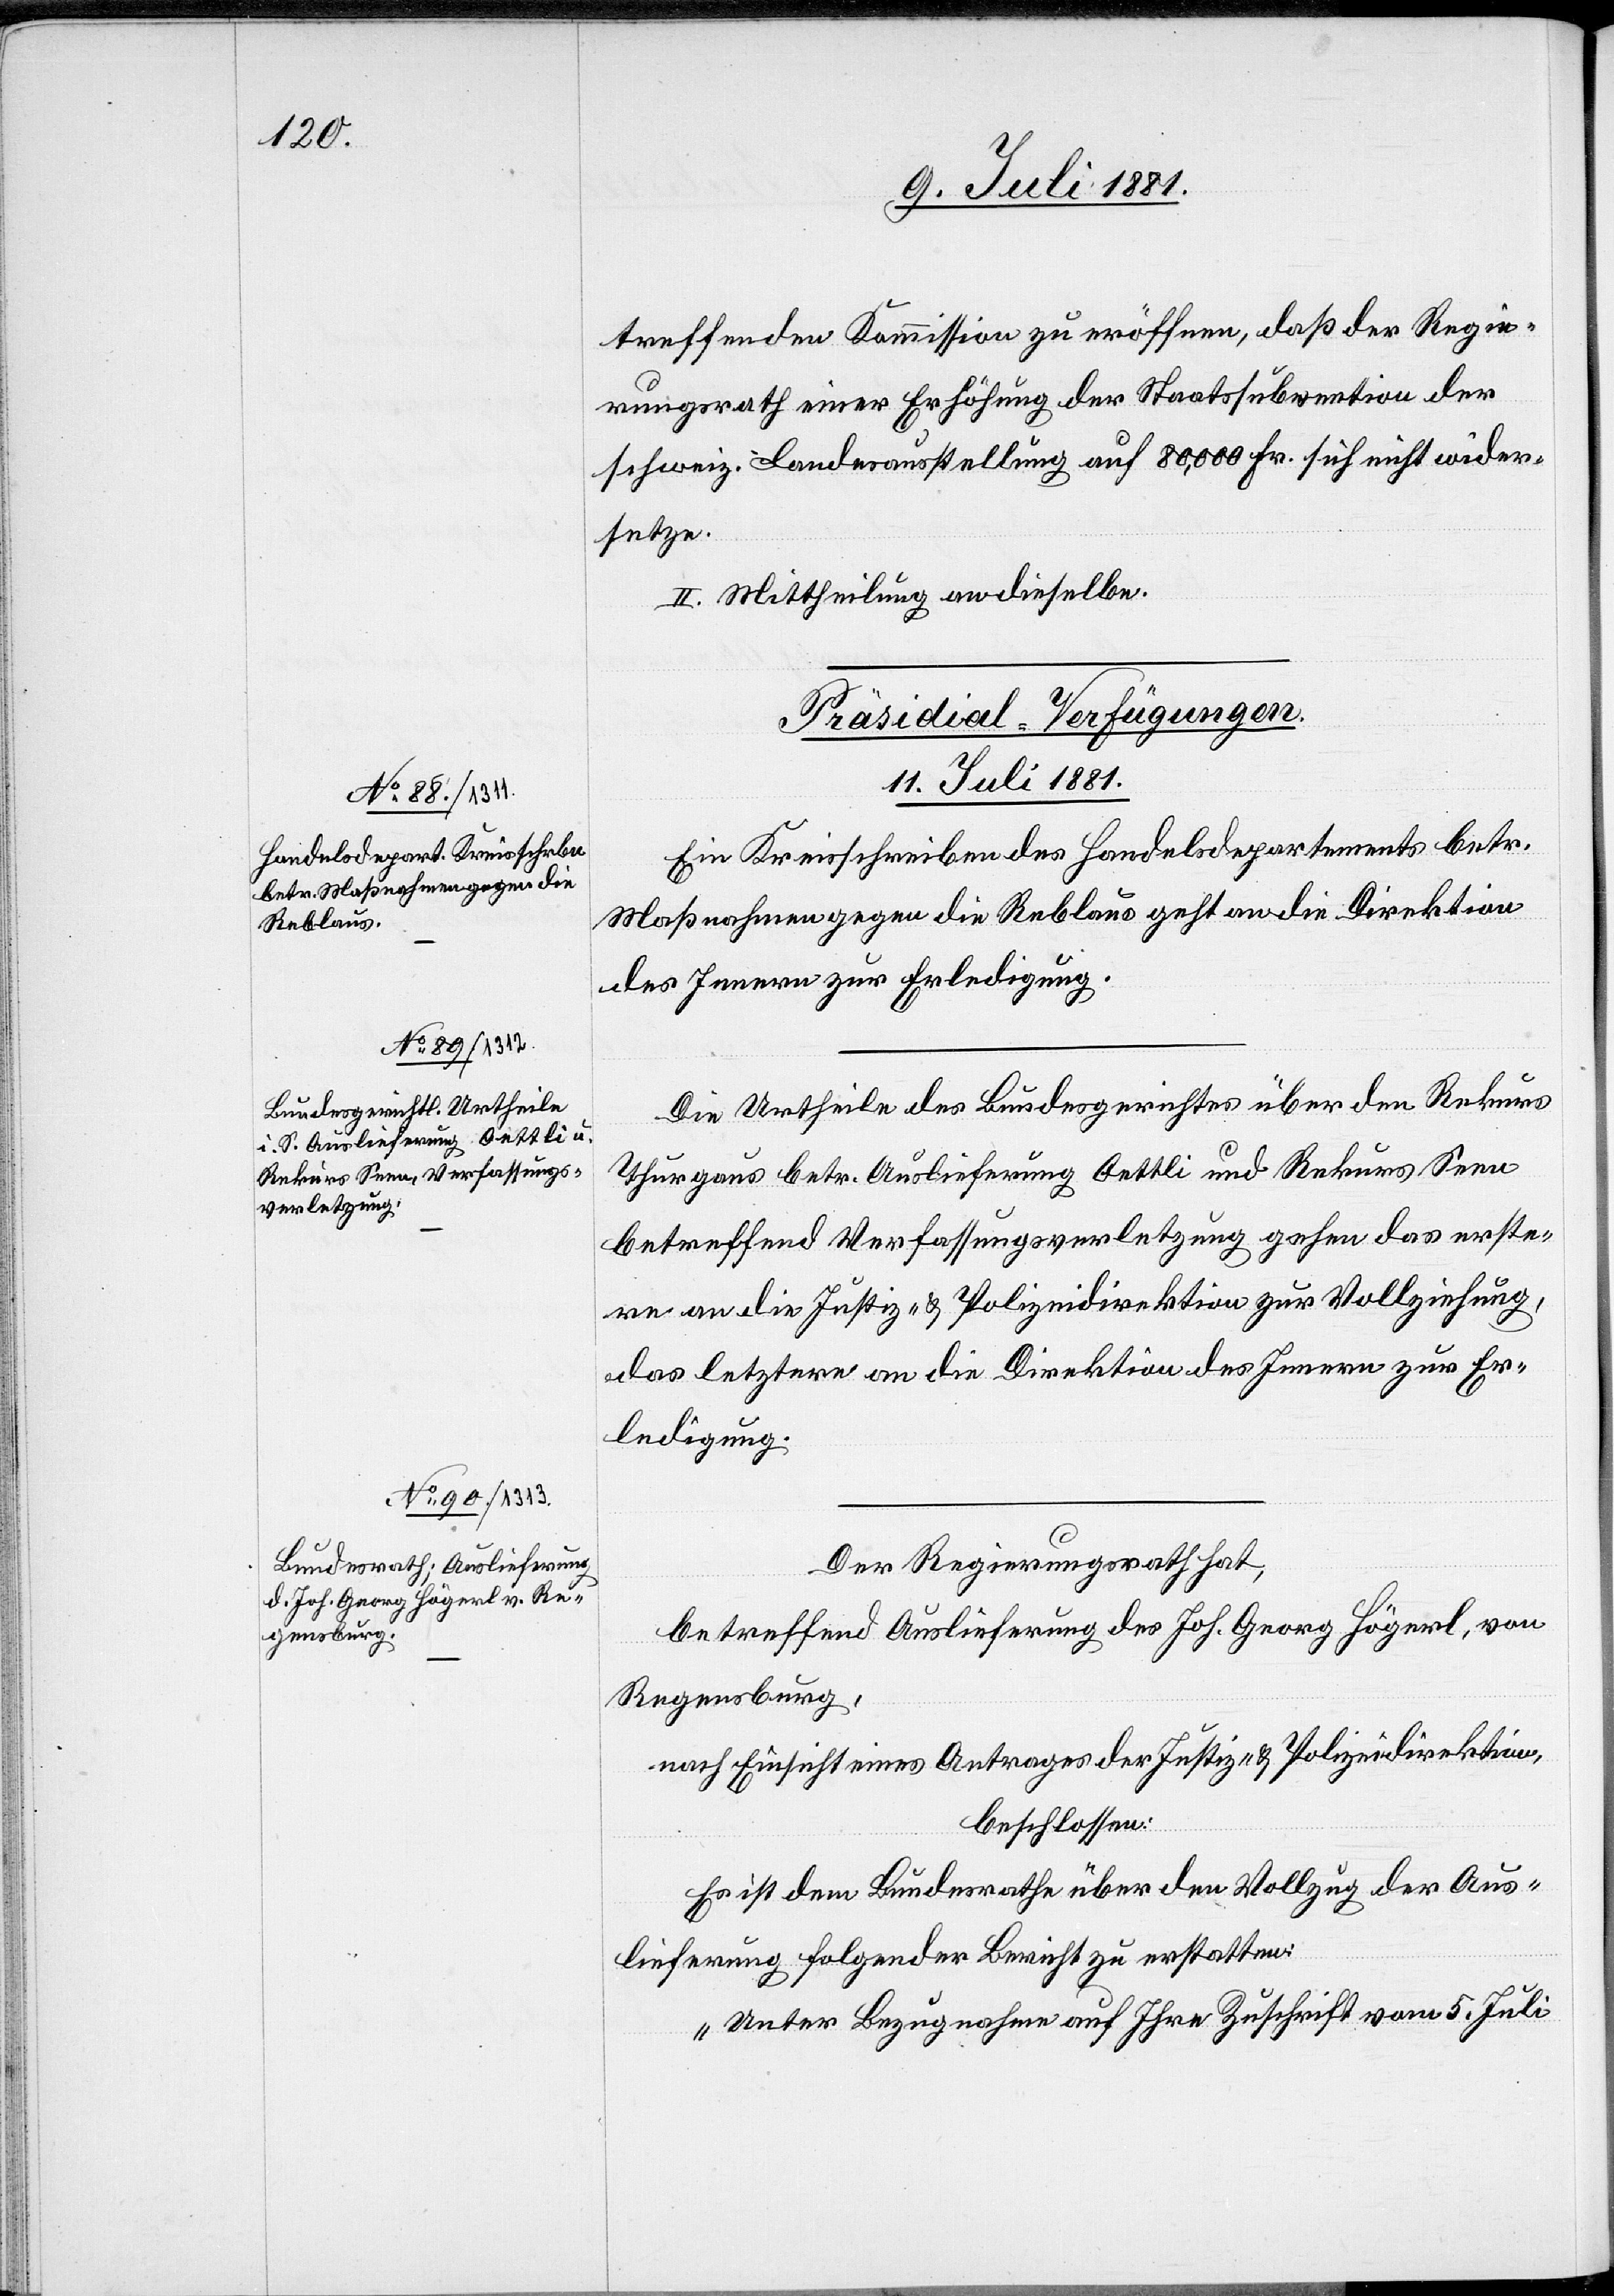
treffenden Kommission zu eröffnen, daß der Regie¬
rungsrath einer Erhöhung der Staatssubvention der
schweiz. Landesausstellung auf 80,000 Fr. sich nicht wider¬
setze.
II. Mittheilung an dieselbe.
Ein Kreisschreiben des Handelsdepartements betr.
Maßnahmen gegen die Reblaus geht an die Direktion
des Innern zur Erledigung.
Die Urtheile des Bundesgerichtes über den Rekurs
Thurgaus betr. Auslieferung Oettli und Rekurs Seen
betreffend Verfassungsverletzung gehen das erste¬
re an die Justiz- & Polizeidirektion zur Vollziehung,
das letztere an die Direktion des Innern zur Er¬
ledigung.
Der Regierungsrath hat,
betreffend Auslieferung des Joh. Georg Högerl, von
Regensburg,
nach Einsicht eines Antrages der Justiz- & Polizeidirektion,
beschlossen:
Es ist dem Bundesrathe über den Vollzug der Aus¬
lieferung folgender Bericht zu erstatten:
„Unter Bezugnahme auf Ihre Zuschrift vom 5. Juli